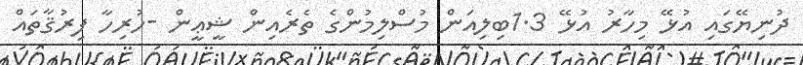
ދުނިޔޭގައި އުޅޭ މިހާރު އުޅޭ 1.3ބިލިއަން މުސްލިމުންގެ ތެރެއިން ޝީޢީން -ހުރިހާ ފިރުޤާތައް